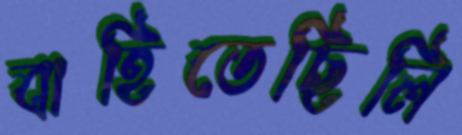
বাহিতেছিলি